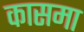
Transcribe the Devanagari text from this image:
कासमा